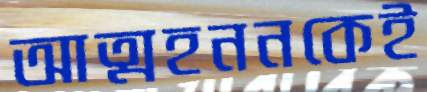
আত্মহননকেই